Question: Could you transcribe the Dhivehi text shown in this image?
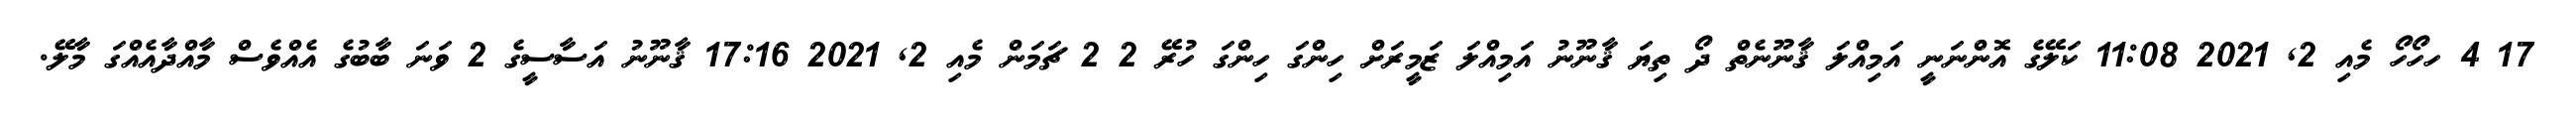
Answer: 17 4 ހހޯހޯ މެއި 2, 2021 11:08 ކަލޭގެ އޮންނަނީ އަމިއްލަ ޤާނޫނެތް ދޯ ތިޔަ ޤާނޫނު އަމިއްލަ ޒަމީރަށް ހިންގަ ހިންގަ ހުރޭ 2 2 ޗަމަން މެއި 2, 2021 17:16 ޤާނޫނު އަސާސީގެ 2 ވަނަ ބާބުގެ އެއްވެސް މާއްދާއެއްގަ މާލޭ.